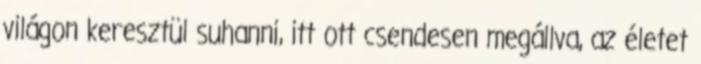
világon keresztül suhanni, itt ott csendesen megállva, az életet